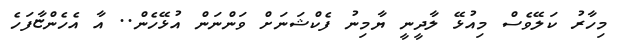
މިހާރު ކަލޭވެސް މިއުޅޭ ލާދީނީ ޔާމިނު ފެކްޝަނަށް ވަންނަން އުޅޭހެން.. އާ އެހެންޏާފަހެ